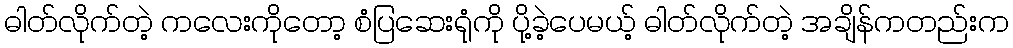
ဓါတ်လိုက်တဲ့ ကလေးကိုတော့ စံပြဆေးရုံကို ပို့ခဲ့ပေမယ့် ဓါတ်လိုက်တဲ့ အချိန်ကတည်းက